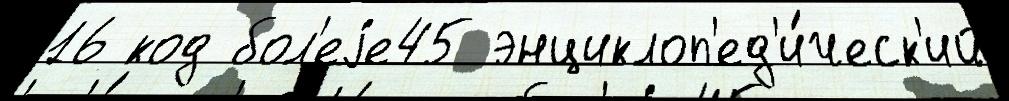
16 код бол'еjе45 энциклоп'ед'и́ческ'ий